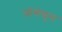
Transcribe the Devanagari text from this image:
जोसेफुस